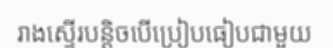
រាងស្ទើរបន្តិចបើប្រៀបធៀបជាមួយ